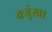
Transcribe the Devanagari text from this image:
क्जुंखा